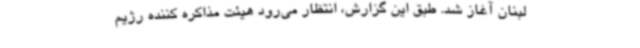
لبنان آغاز شد. طبق این گزارش، انتظار می‌رود هیئت مذاکره کننده رژیم